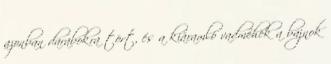
azonban darabokra tört, és a kiáramló vadméhek a bajnok